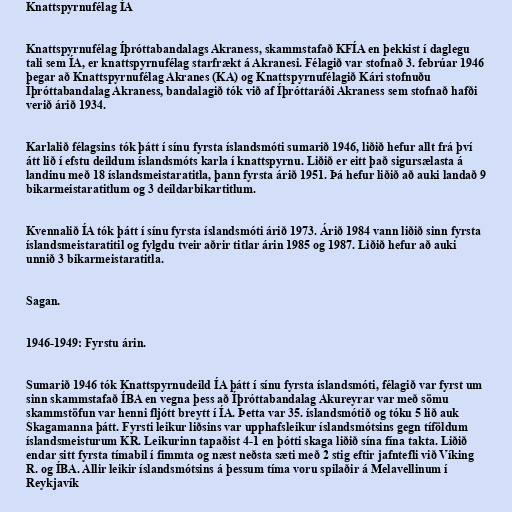
Knattspyrnufélag ÍA

Knattspyrnufélag Íþróttabandalags Akraness, skammstafað KFÍA en þekkist í daglegu
tali sem ÍA, er knattspyrnufélag starfrækt á Akranesi. Félagið var stofnað 3. febrúar 1946
þegar að Knattspyrnufélag Akranes (KA) og Knattspyrnufélagið Kári stofnuðu
Íþróttabandalag Akraness, bandalagið tók við af Íþróttaráði Akraness sem stofnað hafði
verið árið 1934.

Karlalið félagsins tók þátt í sínu fyrsta íslandsmóti sumarið 1946, liðið hefur allt frá því
átt lið í efstu deildum íslandsmóts karla í knattspyrnu. Liðið er eitt það sigursælasta á
landinu með 18 íslandsmeistaratitla, þann fyrsta árið 1951. Þá hefur liðið að auki landað 9
bikarmeistaratitlum og 3 deildarbikartitlum.

Kvennalið ÍA tók þátt í sínu fyrsta íslandsmóti árið 1973. Árið 1984 vann liðið sinn fyrsta
íslandsmeistaratitil og fylgdu tveir aðrir titlar árin 1985 og 1987. Liðið hefur að auki
unnið 3 bikarmeistaratitla.

Sagan.

1946-1949: Fyrstu árin.

Sumarið 1946 tók Knattspyrnudeild ÍA þátt í sínu fyrsta íslandsmóti, félagið var fyrst um
sinn skammstafað ÍBA en vegna þess að Íþróttabandalag Akureyrar var með sömu
skammstöfun var henni fljótt breytt í ÍA. Þetta var 35. íslandsmótið og tóku 5 lið auk
Skagamanna þátt. Fyrsti leikur liðsins var upphafsleikur íslandsmótsins gegn tíföldum
íslandsmeisturum KR. Leikurinn tapaðist 4-1 en þótti skaga liðið sína fína takta. Liðið
endar sitt fyrsta tímabil í fimmta og næst neðsta sæti með 2 stig eftir jafntefli við Víking
R. og ÍBA. Allir leikir íslandsmótsins á þessum tíma voru spilaðir á Melavellinum í
Reykjavík